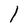
Character: l